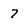
Character: 7